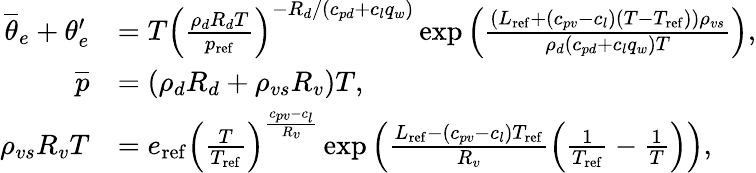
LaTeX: \begin{array}{rl}{\overline{{\theta}}_{e}+\theta_{e}^{\prime}}&{=T\left(\frac{\rho_{d}R_{d}T}{p_{\mathrm{ref}}}\right)^{-R_{d}/(c_{pd}+c_{l}q_{w})}\exp\left(\frac{(L_{\mathrm{ref}}+(c_{pv}-c_{l})(T-T_{\mathrm{ref}}))\rho_{vs}}{\rho_{d}(c_{pd}+c_{l}q_{w})T}\right),}\\ {\overline{{p}}}&{=(\rho_{d}R_{d}+\rho_{vs}R_{v})T,}\\ {\rho_{vs}R_{v}T}&{=e_{\mathrm{ref}}\left(\frac{T}{T_{\mathrm{ref}}}\right)^{\frac{c_{pv}-c_{l}}{R_{v}}}\exp\left(\frac{L_{\mathrm{ref}}-(c_{pv}-c_{l})T_{\mathrm{ref}}}{R_{v}}\left(\frac{1}{T_{\mathrm{ref}}}-\frac{1}{T}\right)\right),}\end{array}